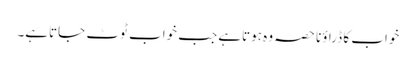
خواب کا ڈراؤنا حصہ وہ ہوتاہے جب خواب ٹوٹ جاتاہے۔